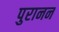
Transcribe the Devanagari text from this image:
पुरानन